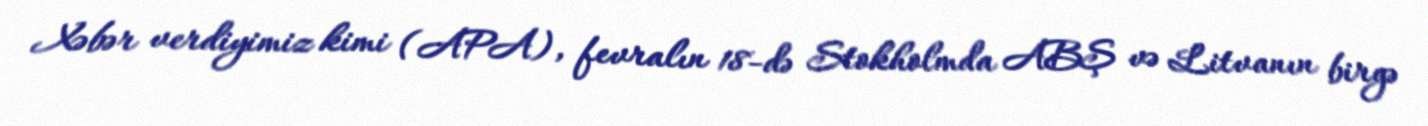
Xəbər verdiyimiz kimi (APA), fevralın 18-də Stokholmda ABŞ və Litvanın birgə